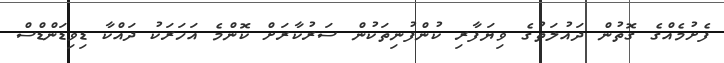
ފެށުމެއްގެ ގޮތުން ދައުލަތުގެ ވިޔަފާރި ކުންފުނިތަކުން ސަރުކާރަށް ކޮންމެ އަހަރަކު ދައްކާ ޑިވިޑަންޑްސް